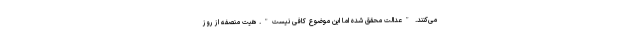
می‌کنند. "عدالت محقق شده اما این موضوع کافی نیست". هیت منصفه از روز